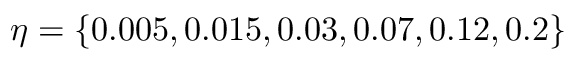
\eta = \{ 0 . 0 0 5 , 0 . 0 1 5 , 0 . 0 3 , 0 . 0 7 , 0 . 1 2 , 0 . 2 \}